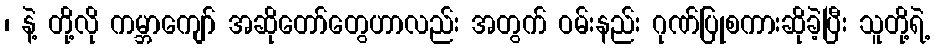
၊ နဲ့ တို့လို ကမ္ဘာကျော် အဆိုတော်တွေဟာလည်း အတွက် ဝမ်းနည်း ဂုဏ်ပြုစကားဆိုခဲ့ပြီး သူတို့ရဲ့